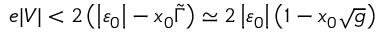
e \vert V \vert < 2 \left( \left\vert \varepsilon _ { 0 } \right\vert - x _ { 0 } \tilde { \Gamma } \right) \simeq 2 \left\vert \varepsilon _ { 0 } \right\vert \left( 1 - x _ { 0 } \sqrt { g } \right)